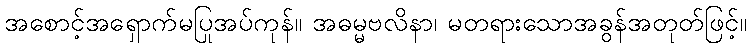
အစောင့်အရှောက်မပြုအပ်ကုန်။ အဓမ္မဗလိနာ၊ မတရားသောအခွန်အတုတ်ဖြင့်။